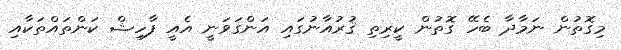
މިގޮތުން ނަމާދާ ބެހޭ ގޮތުން ކީރިތި ޤުރުއާނުގައި އަންގަވަނީ އެއީ ފާހިޝް ކަންތައްތަކާއި